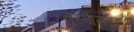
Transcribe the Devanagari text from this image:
तुरगास्तज्झै